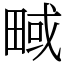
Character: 㽣